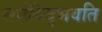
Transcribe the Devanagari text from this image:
सर्वविद्‍भवति